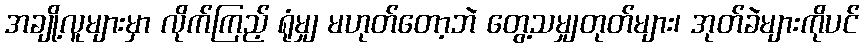
အချို့လူများမှာ လိုက်ကြည့် ရုံမျှ မဟုတ်တော့ဘဲ တွေ့သမျှတုတ်များ၊ အုတ်ခဲများကိုပင်